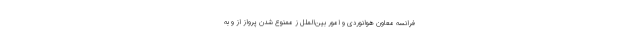
فرانسه معاون هوانوردی و امور بین‌الملل ز ممنوع شدن پرواز از و به